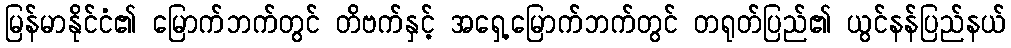
မြန်မာနိုင်ငံ၏ မြောက်ဘက်တွင် တိဗက်နှင့် အရှေ့မြောက်ဘက်တွင် တရုတ်ပြည်၏ ယွင်နန်ပြည်နယ်